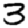
Digit: 3